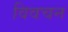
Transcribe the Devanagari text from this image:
विवचन